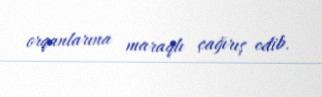
orqanlarına maraqlı çağırış edib.